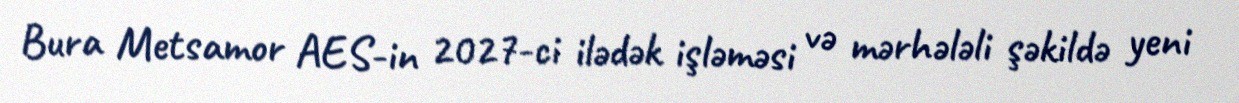
Bura Metsamor AES-in 2027-ci ilədək işləməsi və mərhələli şəkildə yeni